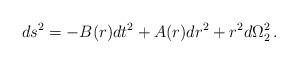
LaTeX: \begin{align*}ds^2 = -B(r)dt^2 +A(r)dr^2 +r^2d\Omega_2^2\,.\end{align*}